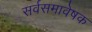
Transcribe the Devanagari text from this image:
सर्वसमावेषक